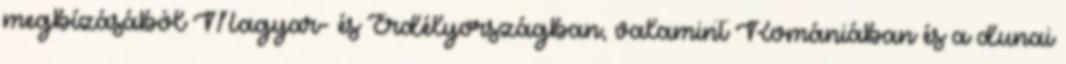
megbízásából Magyar- és Erdélyországban, valamint Romániában és a dunai